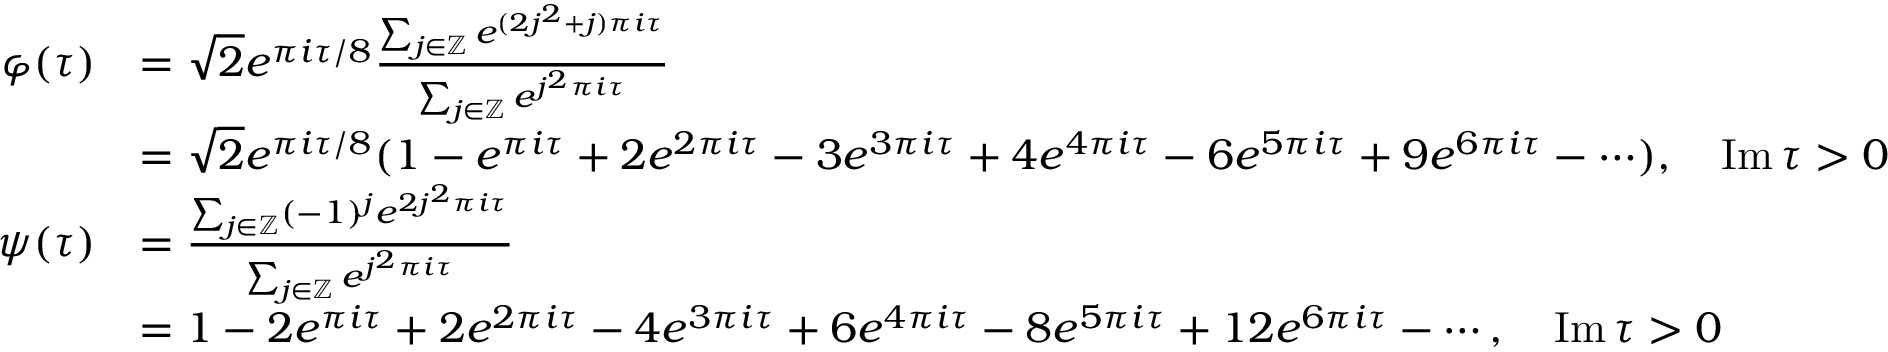
{ \begin{array} { r l } { \varphi ( \tau ) } & { = { \sqrt { 2 } } e ^ { \pi i \tau / 8 } { \frac { \sum _ { j \in \mathbb { Z } } e ^ { ( 2 j ^ { 2 } + j ) \pi i \tau } } { \sum _ { j \in \mathbb { Z } } e ^ { j ^ { 2 } \pi i \tau } } } } \\ & { = { \sqrt { 2 } } e ^ { \pi i \tau / 8 } ( 1 - e ^ { \pi i \tau } + 2 e ^ { 2 \pi i \tau } - 3 e ^ { 3 \pi i \tau } + 4 e ^ { 4 \pi i \tau } - 6 e ^ { 5 \pi i \tau } + 9 e ^ { 6 \pi i \tau } - \cdots ) , \quad \operatorname { I m } \tau > 0 } \\ { \psi ( \tau ) } & { = { \frac { \sum _ { j \in \mathbb { Z } } ( - 1 ) ^ { j } e ^ { 2 j ^ { 2 } \pi i \tau } } { \sum _ { j \in \mathbb { Z } } e ^ { j ^ { 2 } \pi i \tau } } } } \\ & { = 1 - 2 e ^ { \pi i \tau } + 2 e ^ { 2 \pi i \tau } - 4 e ^ { 3 \pi i \tau } + 6 e ^ { 4 \pi i \tau } - 8 e ^ { 5 \pi i \tau } + 1 2 e ^ { 6 \pi i \tau } - \cdots , \quad \operatorname { I m } \tau > 0 } \end{array} }